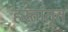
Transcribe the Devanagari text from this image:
हस्तांतृत